Subject: physics
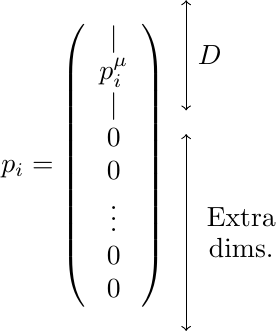
LaTeX code:
    \begin{tikzpicture}
    \node at (0,0) {$p_i =\left(
\begin{array}{c}
|\\
p^{\mu}_i\\
| \\
0\\
0\\
\vdots \\
0\\
0\\
\end{array}
\right)$};
\draw[<->] (1.3,2.1) -- (1.3,0.7);
\node at (1.6,1.4) {$D$};
\draw[<->] (1.3,0.4) -- (1.3,-2.1);
\node at (2,-0.65) {Extra};
\node at (2,-1.05) {dims.};
    \end{tikzpicture}